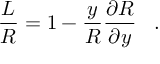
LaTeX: \frac { L } { R } = 1 - \frac { y } { R } \frac { \partial R } { \partial y } \; \; \; .